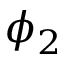
\phi _ { 2 }